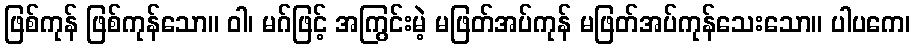
ဖြစ်ကုန် ဖြစ်ကုန်သော။ ဝါ၊ မဂ်ဖြင့် အကြွင်းမဲ့ မဖြတ်အပ်ကုန် မဖြတ်အပ်ကုန်သေးသော။ ပါပကေ၊